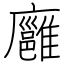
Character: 廱